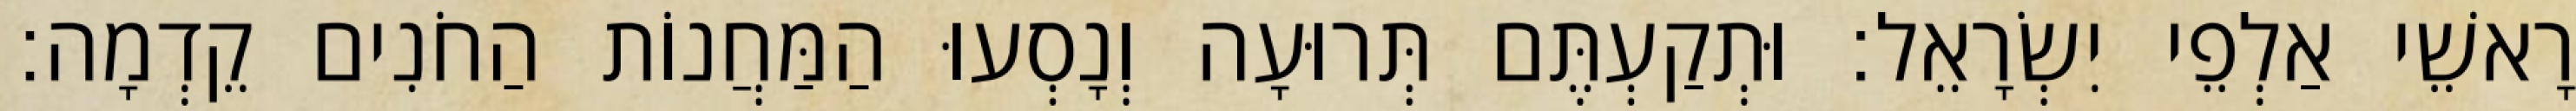
רָאשֵׁי אַלְפֵי יִשְׂרָאֵל׃ וּתְקַעְתֶּם תְּרוּעָה וְנָסְעוּ הַמַּחֲנוֹת הַחֹנִים קֵדְמָה׃